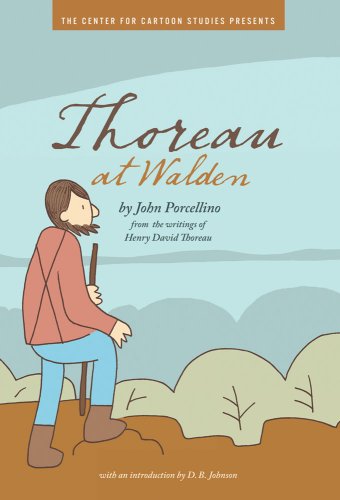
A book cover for Thoreau at Walden; John Porcellino; Teen & Young Adult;